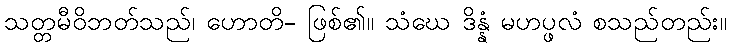
သတ္တမီဝိဘတ်သည်၊ ဟောတိ- ဖြစ်၏။ သံဃေ ဒိန္နံ မဟပ္ဖလံ စသည်တည်း။